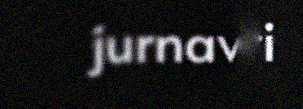
jurnavti